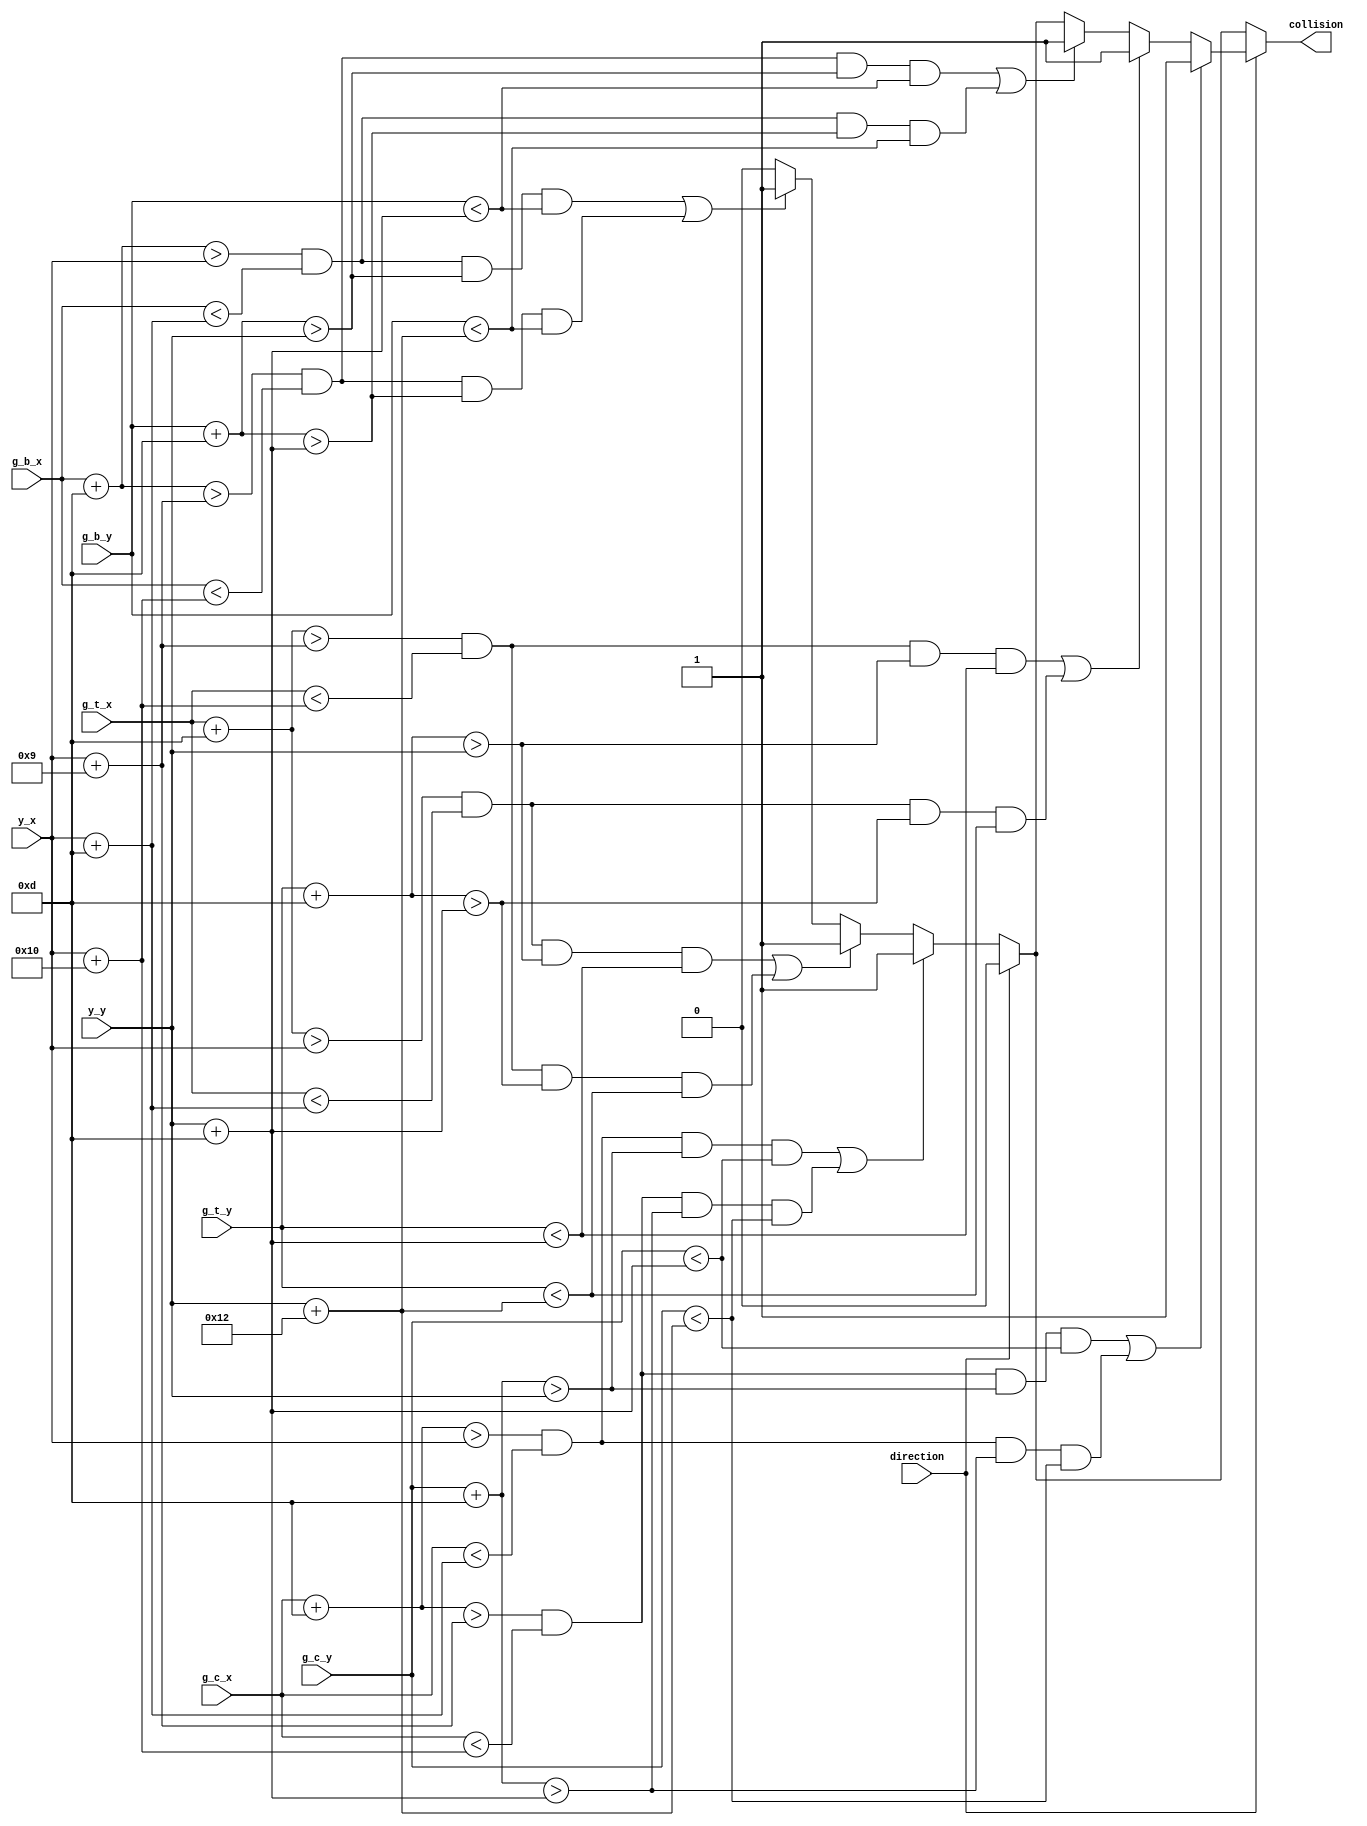
//K.Brudz
module collision_ctl
	(
		input direction,                
		input wire [9:0] y_x, y_y,      
		input wire [9:0] g_c_x, g_c_y,  
		input wire [9:0] g_t_x, g_t_y,  
		input wire [9:0] g_b_x, g_b_y,  
		output wire collision           
    );
	
	
    localparam LEFT = 0;
    localparam RIGHT = 1;
	
	
	reg collide;
	
	always @*
		begin
		
		collide = 0;
		
		
		if(direction == LEFT)
			begin
			
			if((g_c_x + 13 > y_x && g_c_x < y_x + 13 && g_c_y + 13 > y_y && g_c_y < y_y + 13) ||
			   (g_c_x + 13 > y_x + 9 && g_c_x < y_x + 16 && g_c_y + 13 > y_y + 13 && g_c_y < y_y + 18))
			  collide = 1;
			  
			
			else if((g_t_x + 13 > y_x && g_t_x < y_x + 13 && g_t_y + 13 > y_y && g_t_y < y_y + 13) ||
			        (g_t_x + 13 > y_x + 9 && g_t_x < y_x + 16 && g_t_y + 13 > y_y + 13 && g_t_y < y_y + 18))
			  collide = 1;
			  
			
			else if((g_b_x + 13 > y_x && g_b_x < y_x + 13 && g_b_y + 13 > y_y && g_b_y < y_y + 13) ||
			        (g_b_x + 13 > y_x + 9 && g_b_x < y_x + 16 && g_b_y + 13 > y_y + 13 && g_b_y < y_y + 18))
			  collide = 1;
			end
		
		
		if(direction == RIGHT)
			begin
			
			if((g_c_x + 13 > y_x + 9 && g_c_x < y_x + 16 && g_c_y + 13 > y_y && g_c_y < y_y + 13) ||
			   (g_c_x + 13 > y_x && g_c_x < y_x + 13 && g_c_y + 13 > y_y + 13 && g_c_y < y_y + 18))
			  collide = 1;
			
			
			else if((g_t_x + 13 > y_x + 9 && g_t_x < y_x + 16 && g_t_y + 13 > y_y && g_t_y < y_y + 13) ||
			        (g_t_x + 13 > y_x && g_t_x < y_x + 13 && g_t_y + 13 > y_y + 13 && g_t_y < y_y + 18))
			  collide = 1;
			
			
			else if((g_b_x + 13 > y_x + 9 && g_b_x < y_x + 16 && g_b_y + 13 > y_y && g_b_y < y_y + 13) ||
			        (g_b_x + 13 > y_x && g_b_x < y_x + 13 && g_b_y + 13 > y_y + 13 && g_b_y < y_y + 18))
			  collide = 1;
			end
		end
	
	
	assign collision = collide;
			
endmodule